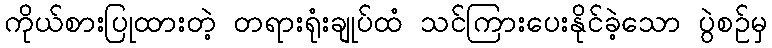
ကိုယ်စားပြုထားတဲ့ တရားရုံးချုပ်ထံ သင်ကြားပေးနိုင်ခဲ့သော ပွဲစဉ်မှ